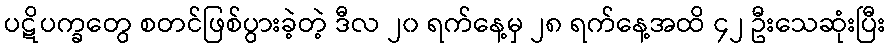
ပဋိပက္ခတွေ စတင်ဖြစ်ပွားခဲ့တဲ့ ဒီလ ၂၀ ရက်နေ့မှ ၂၈ ရက်နေ့အထိ ၄၂ ဦးသေဆုံးပြီး